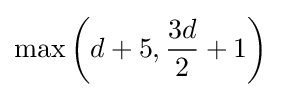
\max \left(d+5,{\frac {3d}{2}}+1\right)